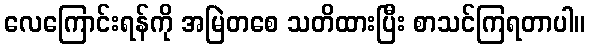
လေကြောင်းရန်ကို အမြဲတစေ သတိထားပြီး စာသင်ကြရတာပါ။